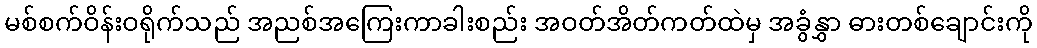
မစ်စက်ဝိန်းဝရိုက်သည် အညစ်အကြေးကာခါးစည်း အဝတ်အိတ်ကတ်ထဲမှ အခွံနွှာ ဓားတစ်ချောင်းကို